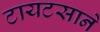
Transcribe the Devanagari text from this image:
टायटसाने